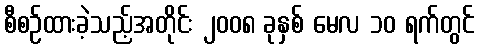
စီစဉ်ထားခဲ့သည့်အတိုင်း ၂၀၀၈ ခုနှစ် မေလ ၁၀ ရက်တွင်